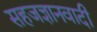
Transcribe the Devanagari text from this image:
सहजज्ञानवादी